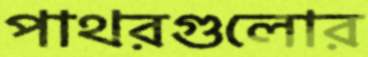
পাথরগুলোর